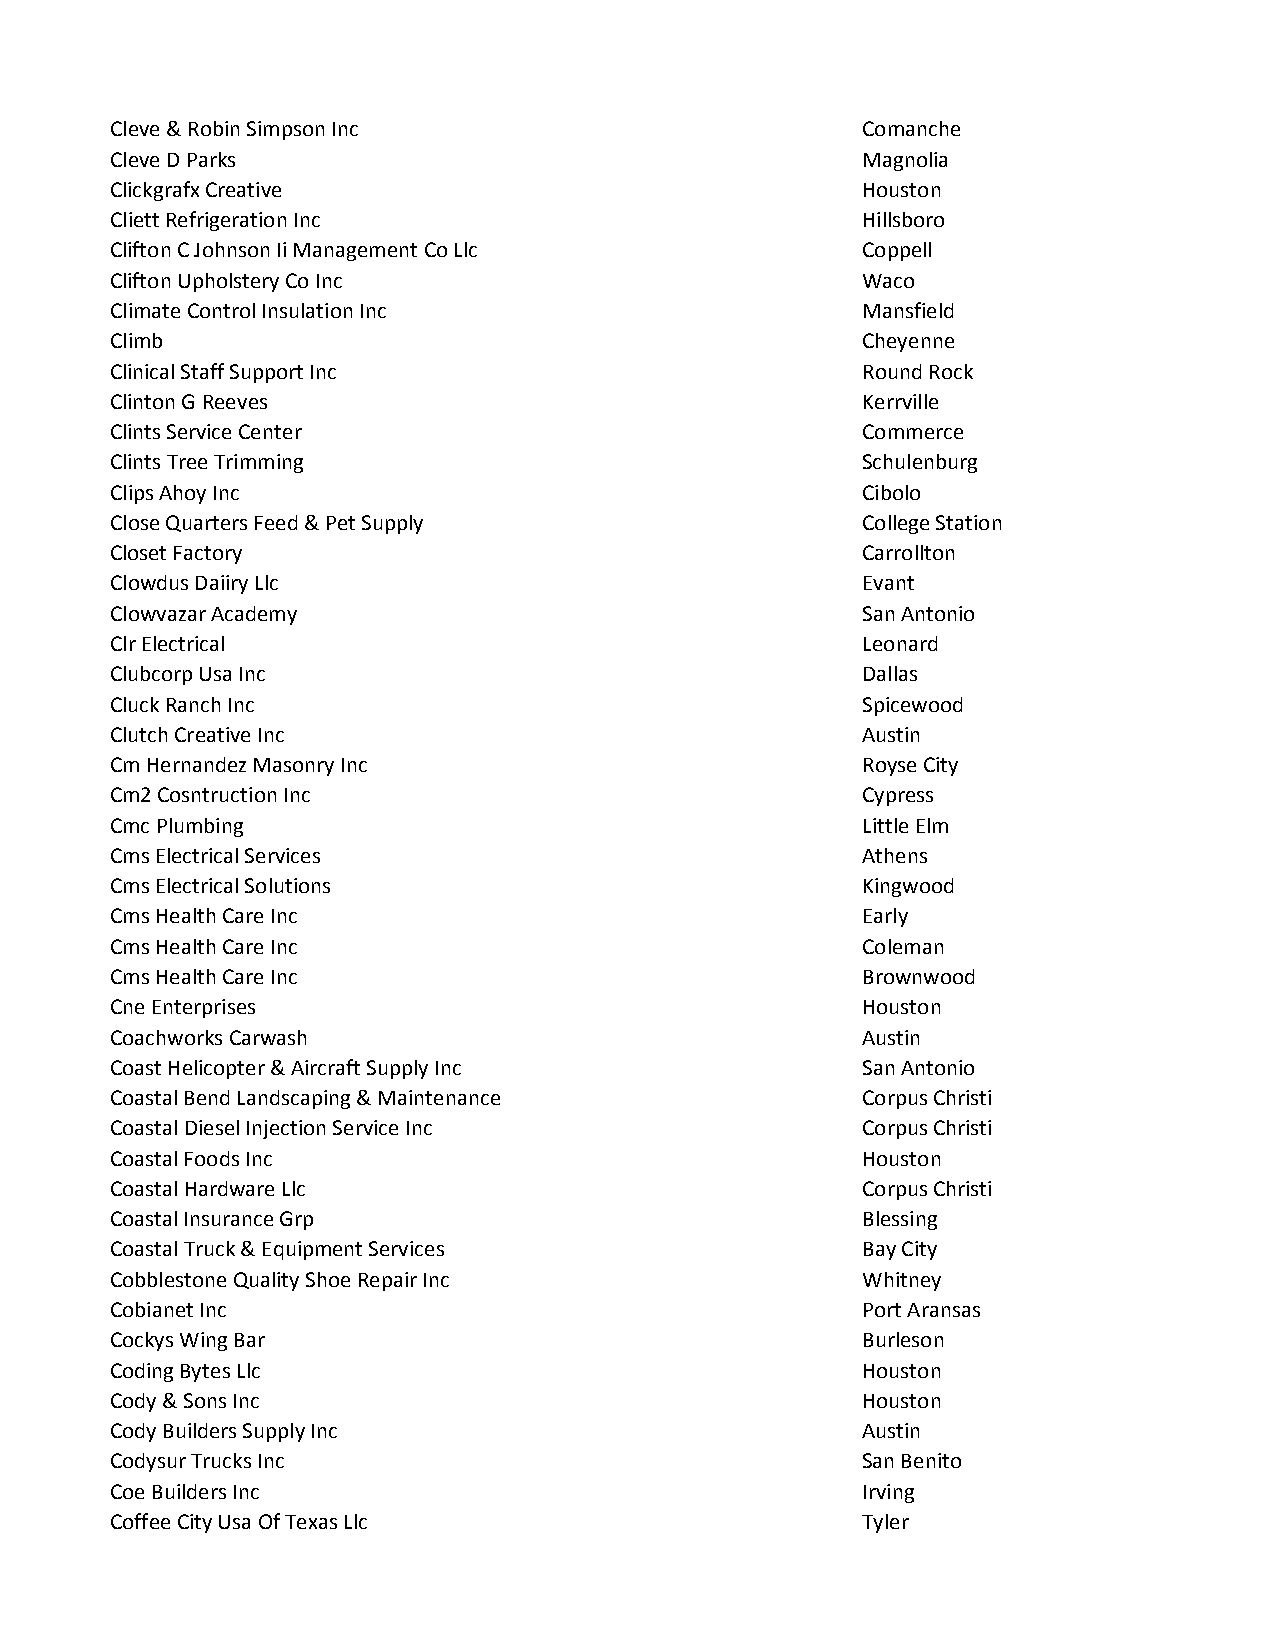
Cleve & Robin Simpson Inc                         Comanche
 Cleve D Parks                                     Magnolia
 Clickgrafx Creative                               Houston
 Cliett Refrigeration Inc                          Hillsboro
 Clifton C Johnson Ii Management Co Llc            Coppell
 Clifton Upholstery Co Inc                         Waco
 Climate Control Insulation Inc                    Mansfield
 Climb                                             Cheyenne
 Clinical Staff Support Inc                        Round Rock
 Clinton G Reeves                                  Kerrville
 Clints Service Center                             Commerce
 Clints Tree Trimming                              Schulenburg
 Clips Ahoy Inc                                    Cibolo
 Close Quarters Feed & Pet Supply                  College Station
 Closet Factory                                    Carrollton
 Clowdus Daiiry Llc                                Evant
 Clowvazar Academy                                 San Antonio
 Clr Electrical                                    Leonard
 Clubcorp Usa Inc                                  Dallas
 Cluck Ranch Inc                                   Spicewood
 Clutch Creative Inc                               Austin
 Cm Hernandez Masonry Inc                          Royse City
 Cm2 Cosntruction Inc                              Cypress
 Cmc Plumbing                                      Little Elm
 Cms Electrical Services                           Athens
 Cms Electrical Solutions                          Kingwood
 Cms Health Care Inc                               Early
 Cms Health Care Inc                               Coleman
 Cms Health Care Inc                               Brownwood
 Cne Enterprises                                   Houston
 Coachworks Carwash                                Austin
 Coast Helicopter & Aircraft Supply Inc            San Antonio
 Coastal Bend Landscaping & Maintenance            Corpus Christi
 Coastal Diesel Injection Service Inc              Corpus Christi
 Coastal Foods Inc                                 Houston
 Coastal Hardware Llc                              Corpus Christi
 Coastal Insurance Grp                             Blessing
 Coastal Truck & Equipment Services                Bay City
 Cobblestone Quality Shoe Repair Inc               Whitney
 Cobianet Inc                                      Port Aransas
 Cockys Wing Bar                                   Burleson
 Coding Bytes Llc                                  Houston
 Cody & Sons Inc                                   Houston
 Cody Builders Supply Inc                          Austin
 Codysur Trucks Inc                                San Benito
 Coe Builders Inc                                  Irving
 Coffee City Usa Of Texas Llc                      Tyler